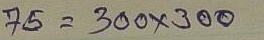
75 = 300 x 300